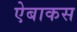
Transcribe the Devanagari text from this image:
ऐबाकस